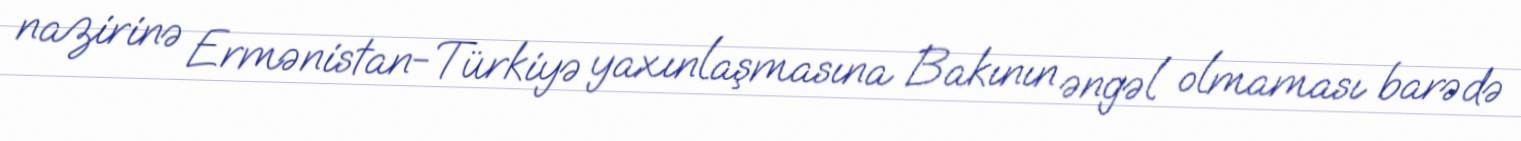
nazirinə Ermənistan-Türkiyə yaxınlaşmasına Bakının əngəl olmaması barədə